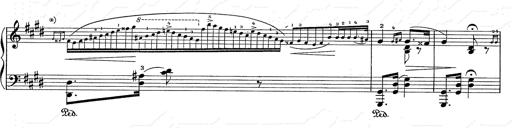
Title: Hungarian Rhapsody No.2
Composer: Franz Liszt
Key: C-sharp minor